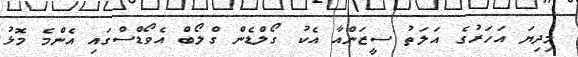
މިދިޔަ އަހަރުގެ އަލަތު ސީޒަންއާ އެކު ގޯލްޑެން ގްލޯބް އެވޯޑްސްގައި އެންމެ މޮޅު